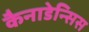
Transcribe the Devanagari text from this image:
कैनाडेन्सिस